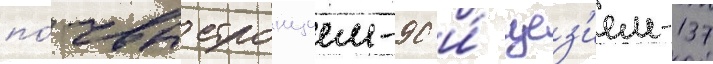
по́чвы стронцием-90 и́ цез'ием-137